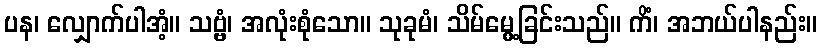
ပန၊ လျှောက်ပါအံ့။ သဗ္ဗံ၊ အလုံးစုံသော။ သုခုမံ၊ သိမ်မွေ့ခြင်းသည်။ ကိံ၊ အဘယ်ပါနည်း။